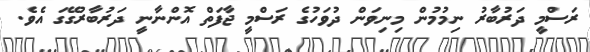
ރަސްމީ ދަރުބާރު ނިމުމުން މިނިވަން ދުވަހުގެ ރަސްމީ ޖާފަތް އޮންނާނީ ދަރުބާރުގޭގަ އެވެ.